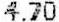
4.70